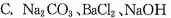
C.Na_{2}CO_{3}、BaCl_{2}、NaOH